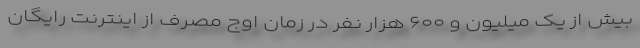
بیش از یک میلیون و ۶۰۰ هزار نفر در زمان اوج مصرف از اینترنت رایگان